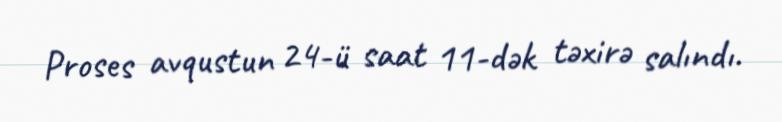
Proses avqustun 24-ü saat 11-dək təxirə salındı.